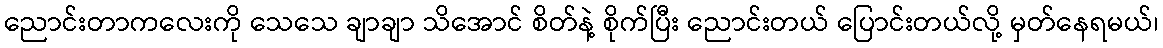
ညောင်းတာကလေးကို သေသေ ချာချာ သိအောင် စိတ်နဲ့ စိုက်ပြီး ညောင်းတယ် ပြောင်းတယ်လို့ မှတ်နေရမယ်၊